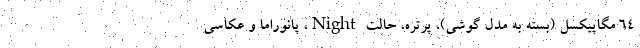
۶۴ مگاپیکسل (بسته به مدل گوشی)، پرتره، حالت Night، پانوراما و عکاسی